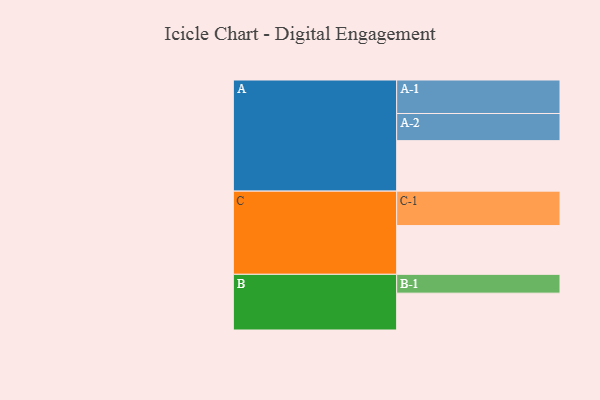
{"axis": {"x": "Segment", "y": "Value"}, "legend": ["", "A", "B", "C"], "data": [{"x": "A", "y": 437, "type": ""}, {"x": "B", "y": 319, "type": ""}, {"x": "C", "y": 422, "type": ""}, {"x": "A-1", "y": 290, "type": "A"}, {"x": "A-2", "y": 235, "type": "A"}, {"x": "B-1", "y": 163, "type": "B"}, {"x": "C-1", "y": 298, "type": "C"}]}